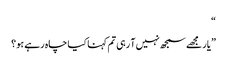
“
”یار مجھے سمجھ نہیں آ رہی تم کہنا کیا چاہ رہے ہو؟